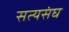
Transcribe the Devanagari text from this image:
सत्यसंघ